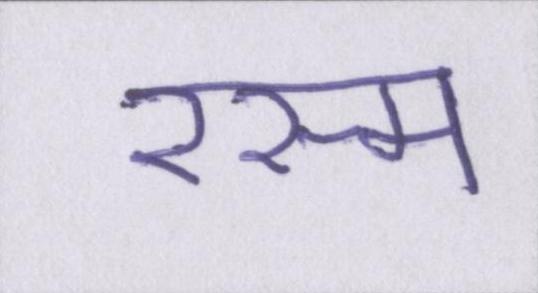
रस्म